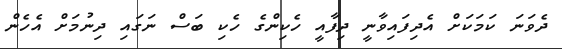
ދެވަނަ ކަމަކަށް އެދިފައިވާނީ ދިފާއީ ހެކިންގެ ހެކި ބަސް ނަގައި ދިނުމަށް އެހެން